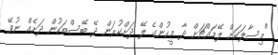
"މިސާލަކަށް ލޭމައްޗަށް ދާ މީހުންގެ ލޭ ދަށްކުރަން ދޭ ބޭސްތަކުން ދަށެއް ނުވޭ